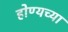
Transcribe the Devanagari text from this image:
होण्यच्या